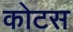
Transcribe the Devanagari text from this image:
कोटस